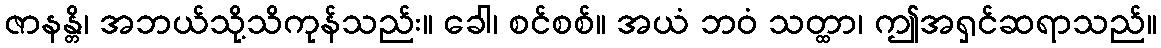
ဇာနန္တိ၊ အဘယ်သို့သိကုန်သည်း။ ခေါ၊ စင်စစ်။ အယံ ဘဝံ သတ္ထာ၊ ဤအရှင်ဆရာသည်။